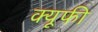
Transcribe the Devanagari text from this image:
क्यूफी